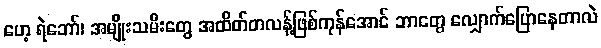
ဟေ့ ရဲဘော်၊ အမျိုးသမီးတွေ အထိတ်တလန့်ဖြစ်ကုန်အောင် ဘာတွေ လျှောက်ပြောနေတာလဲ